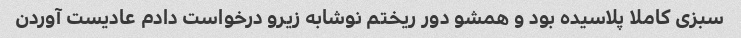
سبزی کاملا پلاسیده بود و همشو دور ریختم نوشابه زیرو درخواست دادم عادیست آوردن